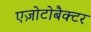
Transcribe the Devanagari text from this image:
एज़ोटोबैक्टर